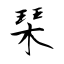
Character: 琹